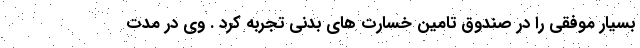
بسیار موفقی را در صندوق تامین خسارت های بدنی تجربه کرد . وی در مدت